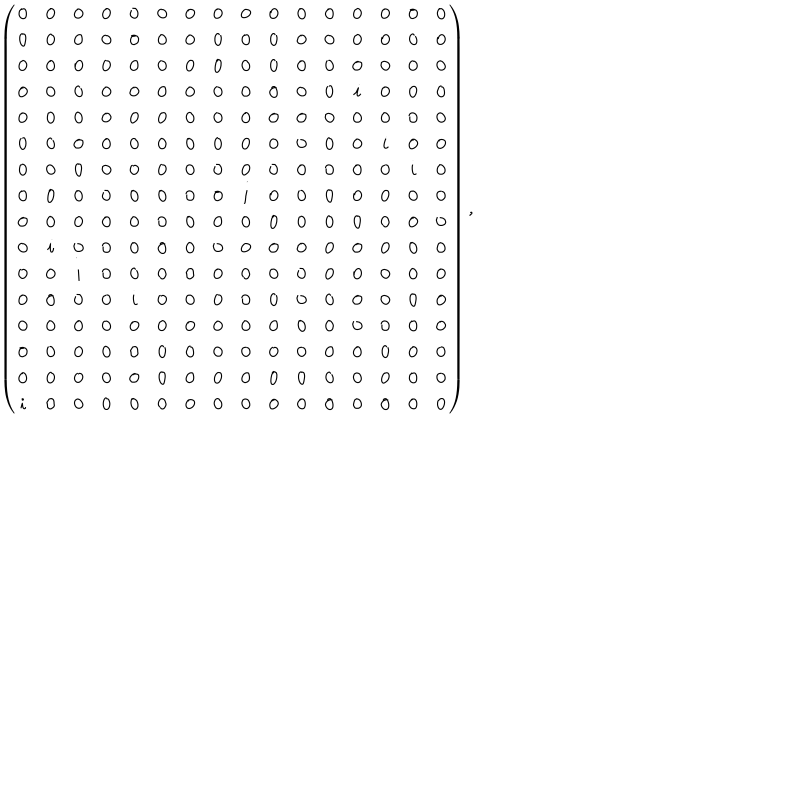
\left( \begin{array} { c c c c c c c c c c c c c c c c } { { 0 } } & { { 0 } } & { { 0 } } & { { 0 } } & { { 0 } } & { { 0 } } & { { 0 } } & { { 0 } } & { { 0 } } & { { 0 } } & { { 0 } } & { { 0 } } & { { 0 } } & { { 0 } } & { { 0 } } & { { 0 } } \\ { { 0 } } & { { 0 } } & { { 0 } } & { { 0 } } & { { 0 } } & { { 0 } } & { { 0 } } & { { 0 } } & { { 0 } } & { { 0 } } & { { 0 } } & { { 0 } } & { { 0 } } & { { 0 } } & { { 0 } } & { { 0 } } \\ { { 0 } } & { { 0 } } & { { 0 } } & { { 0 } } & { { 0 } } & { { 0 } } & { { 0 } } & { { 0 } } & { { 0 } } & { { 0 } } & { { 0 } } & { { 0 } } & { { 0 } } & { { 0 } } & { { 0 } } & { { 0 } } \\ { { 0 } } & { { 0 } } & { { 0 } } & { { 0 } } & { { 0 } } & { { 0 } } & { { 0 } } & { { 0 } } & { { 0 } } & { { 0 } } & { { 0 } } & { { 0 } } & { { i } } & { { 0 } } & { { 0 } } & { { 0 } } \\ { { 0 } } & { { 0 } } & { { 0 } } & { { 0 } } & { { 0 } } & { { 0 } } & { { 0 } } & { { 0 } } & { { 0 } } & { { 0 } } & { { 0 } } & { { 0 } } & { { 0 } } & { { 0 } } & { { 0 } } & { { 0 } } \\ { { 0 } } & { { 0 } } & { { 0 } } & { { 0 } } & { { 0 } } & { { 0 } } & { { 0 } } & { { 0 } } & { { 0 } } & { { 0 } } & { { 0 } } & { { 0 } } & { { 0 } } & { { i } } & { { 0 } } & { { 0 } } \\ { { 0 } } & { { 0 } } & { { 0 } } & { { 0 } } & { { 0 } } & { { 0 } } & { { 0 } } & { { 0 } } & { { 0 } } & { { 0 } } & { { 0 } } & { { 0 } } & { { 0 } } & { { 0 } } & { { i } } & { { 0 } } \\ { { 0 } } & { { 0 } } & { { 0 } } & { { 0 } } & { { 0 } } & { { 0 } } & { { 0 } } & { { 0 } } & { { i } } & { { 0 } } & { { 0 } } & { { 0 } } & { { 0 } } & { { 0 } } & { { 0 } } & { { 0 } } \\ { { 0 } } & { { 0 } } & { { 0 } } & { { 0 } } & { { 0 } } & { { 0 } } & { { 0 } } & { { 0 } } & { { 0 } } & { { 0 } } & { { 0 } } & { { 0 } } & { { 0 } } & { { 0 } } & { { 0 } } & { { 0 } } \\ { { 0 } } & { { i } } & { { 0 } } & { { 0 } } & { { 0 } } & { { 0 } } & { { 0 } } & { { 0 } } & { { 0 } } & { { 0 } } & { { 0 } } & { { 0 } } & { { 0 } } & { { 0 } } & { { 0 } } & { { 0 } } \\ { { 0 } } & { { 0 } } & { { i } } & { { 0 } } & { { 0 } } & { { 0 } } & { { 0 } } & { { 0 } } & { { 0 } } & { { 0 } } & { { 0 } } & { { 0 } } & { { 0 } } & { { 0 } } & { { 0 } } & { { 0 } } \\ { { 0 } } & { { 0 } } & { { 0 } } & { { 0 } } & { { i } } & { { 0 } } & { { 0 } } & { { 0 } } & { { 0 } } & { { 0 } } & { { 0 } } & { { 0 } } & { { 0 } } & { { 0 } } & { { 0 } } & { { 0 } } \\ { { 0 } } & { { 0 } } & { { 0 } } & { { 0 } } & { { 0 } } & { { 0 } } & { { 0 } } & { { 0 } } & { { 0 } } & { { 0 } } & { { 0 } } & { { 0 } } & { { 0 } } & { { 0 } } & { { 0 } } & { { 0 } } \\ { { 0 } } & { { 0 } } & { { 0 } } & { { 0 } } & { { 0 } } & { { 0 } } & { { 0 } } & { { 0 } } & { { 0 } } & { { 0 } } & { { 0 } } & { { 0 } } & { { 0 } } & { { 0 } } & { { 0 } } & { { 0 } } \\ { { 0 } } & { { 0 } } & { { 0 } } & { { 0 } } & { { 0 } } & { { 0 } } & { { 0 } } & { { 0 } } & { { 0 } } & { { 0 } } & { { 0 } } & { { 0 } } & { { 0 } } & { { 0 } } & { { 0 } } & { { 0 } } \\ { { i } } & { { 0 } } & { { 0 } } & { { 0 } } & { { 0 } } & { { 0 } } & { { 0 } } & { { 0 } } & { { 0 } } & { { 0 } } & { { 0 } } & { { 0 } } & { { 0 } } & { { 0 } } & { { 0 } } & { { 0 } } \\ \end{array} \right) ,